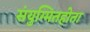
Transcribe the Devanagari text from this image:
संयुग्मितहोता